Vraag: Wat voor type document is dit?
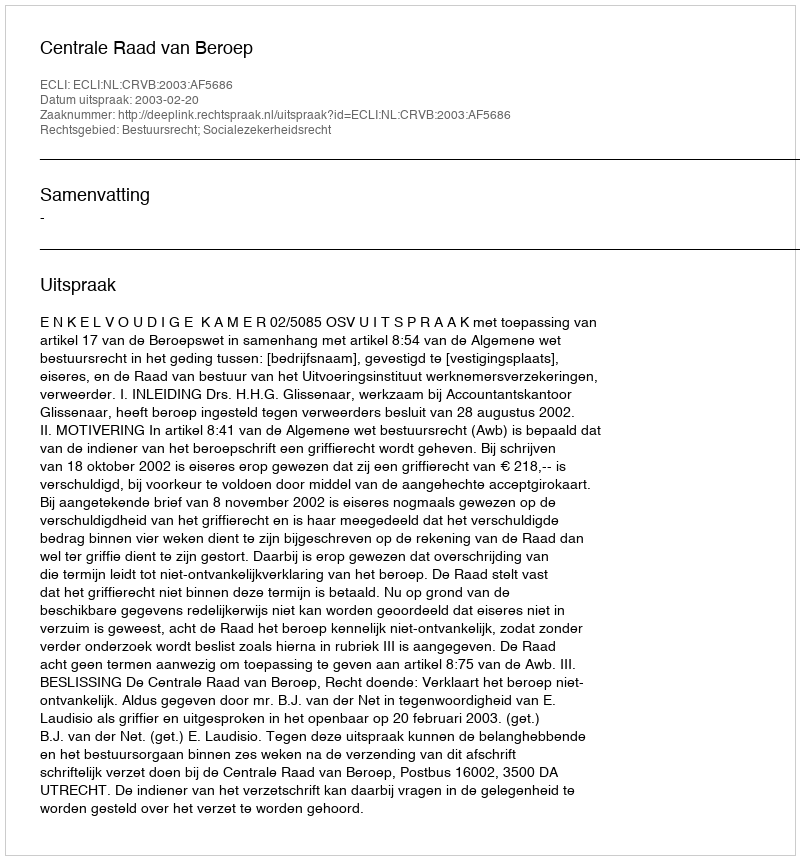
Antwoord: Uitspraak